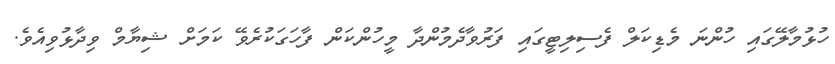
ހުޅުމާލޭގައި ހުންނަ މެޑިކަލް ފެސިލިޓީގައި ފަރުވާދެމުންދާ މީހުންކަން ފާހަގަކުރެވޭ ކަމަށް ޝިޔާމް ވިދާޅުވިއެވެ.